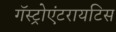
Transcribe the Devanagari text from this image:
गॅस्ट्रोएंटरायटिस